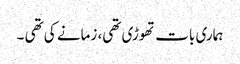
ہماری بات تھوڑی تھی، زمانے کی تھی ۔